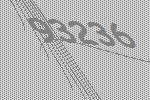
93236